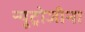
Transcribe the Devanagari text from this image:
न्यूट्रोजीना